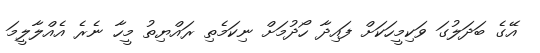
އޭގެ ބަދަލުގަ ވަކިމީހަކަށް ފައިދާ ހޯދުމަށް ނިކަމެތި ރައްޔިތު މީހާ ނެރެ އެއްލާލީމަ